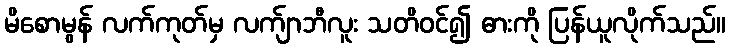
မိစောမွန် လက်ကုတ်မှ လက်ျာဘီလူး သတိဝင်၍ ဓားကို ပြန်ယူလိုက်သည်။